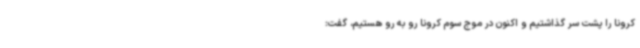
کرونا را پشت سر گذاشتیم و اکنون در موج سوم کرونا رو به رو هستیم، گفت: